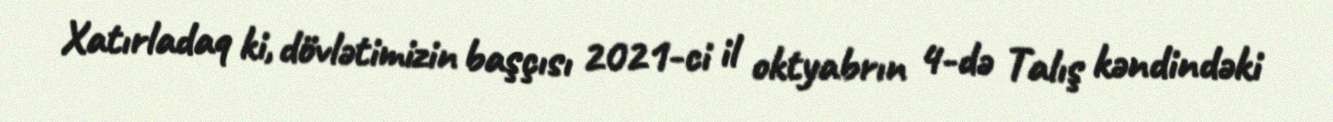
Xatırladaq ki, dövlətimizin başçısı 2021-ci il oktyabrın 4-də Talış kəndindəki